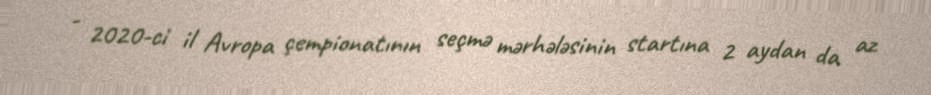
- 2020-ci il Avropa çempionatının seçmə mərhələsinin startına 2 aydan da az